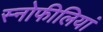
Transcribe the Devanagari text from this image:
स्नोफीलियां